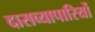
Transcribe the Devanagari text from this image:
दासव्यापारियों